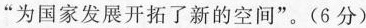
”为国家发展开拓了新的空间”。(6分)